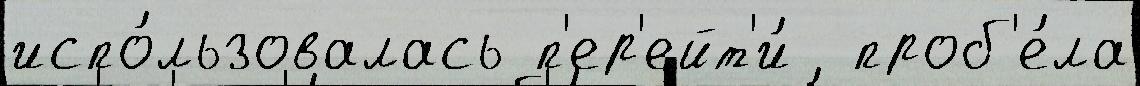
испо́льзовалась п'ер'ейт'и́  проб'е́ла